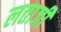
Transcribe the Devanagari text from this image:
लताजी